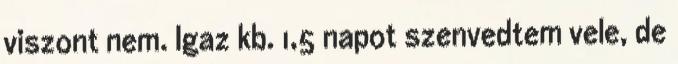
viszont nem. Igaz kb. 1,5 napot szenvedtem vele, de